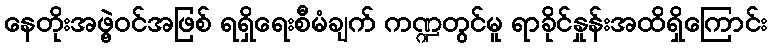
နေတိုးအဖွဲ့ဝင်အဖြစ် ရရှိရေးစီမံချက် ကဏ္ဍတွင်မူ ရာခိုင်နှုန်းအထိရှိကြောင်း